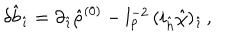
\delta { \hat { b } } _ { \hat { \imath } } = \partial _ { \hat { \imath } } { \hat { \rho } } ^ { ( 0 ) } - l _ { p } ^ { - 2 } \, ( i _ { \hat { h } } { \hat { \chi } } ) _ { \hat { \imath } } \, ,